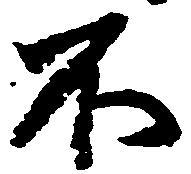
不